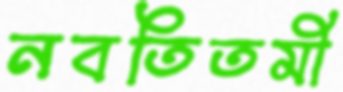
নবতিতমী